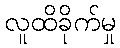
လူထိခိုက်မှု